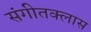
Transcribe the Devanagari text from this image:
संगीतक्लास